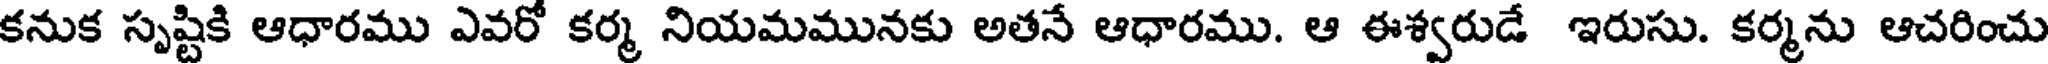
కనుక సృష్టికి ఆధారము ఎవరో కర్మ నియమమునకు అతనే ఆధారము. ఆ ఈశ్వరుడే ఇరుసు. కర్మను ఆచరించు